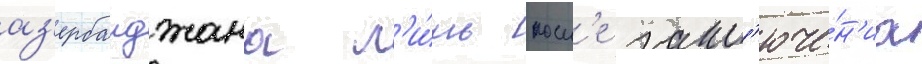
аз'ербаиджана л'и́шь посл'е закл'юче́н'иа